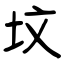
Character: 坟